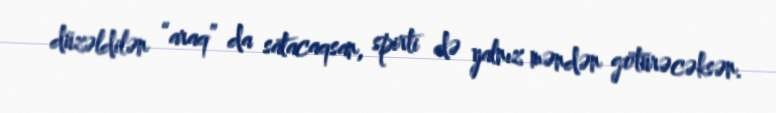
düzəldilən “araq” da satacaqsan, spirti də yalnız məndən götürəcəksən.